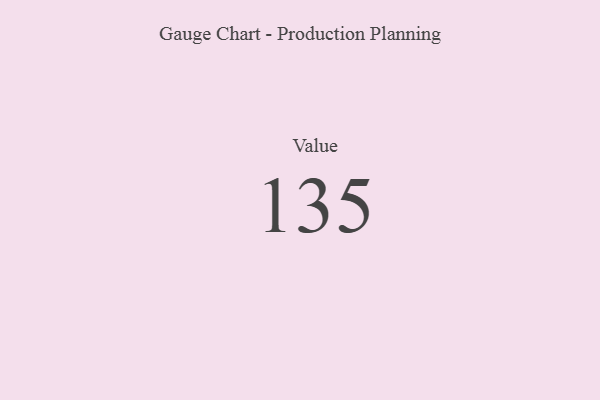
{"axis": {"x": "Metric", "y": "Value"}, "legend": [""], "data": [{"x": "Value", "y": 135, "type": ""}]}